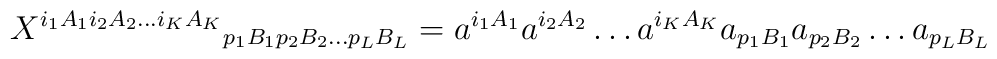
{X^{i_{1}A_{1}i_{2}A_{2} \ldots i_{K}A_{K}}}_              {p_{1}B_{1} p_{2}B_{2}\ldots p_{L}B_{L} } =       a^{i_{1}A_{1}}a^{i_{2}A_{2}}\ldots        a^{i_{K}A_{K}}a_{p_{1}B_{1}}a_{p_{2}B_{2}}\ldots a_{p_{L}B_{L}}